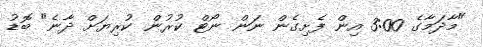
"މާދަމާގެ 3:00 އިން ފެށިގެން ނަން ނޯޓް ކުރުން ކުރިޔަށް ދާނެ" ބޮޑު